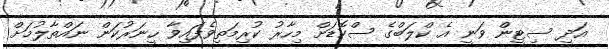
އަދި ސިޓީން ވަނީ އެ ކްލަބްގެ ސްކޮޑަށް މިހާރު ކުރިމަތިވެފައިވާ ހީނަރުކަން ނައްތާލުމަށް